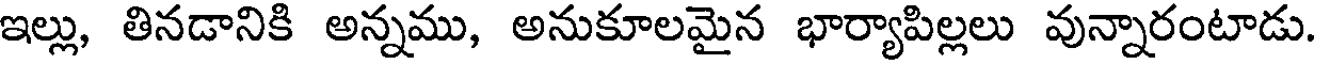
ఇల్లు, తినడానికి అన్నము, అనుకూలమైన భార్యాపిల్లలు వున్నారంటాడు.